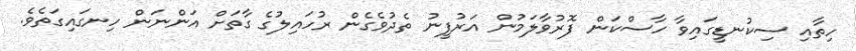
ހިތާއި ސިކުނޑީގައިވާ ހާސްކަން ފޮރުވާލަމުން އަރުފީނު ތެދުވެގެން ރުހައިލުގެ ގާތަށް އަންނަން ހިނގައިގަތެވެ.